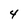
Character: 4